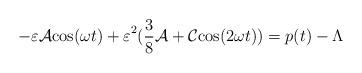
LaTeX: \begin{align*}{-\varepsilon {\cal A}{\rm c}{\rm o}{\rm s}( \omega t )+\varepsilon }^{2}( {3\over8}{\cal A}+{\cal C}{\rm c}{\rm o}{\rm s}( 2\omega t ) ) = p ( t )-\Lambda\end{align*}